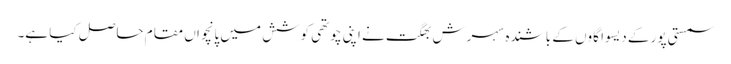
سمستی پور کے دیسوا گاوں کے باشندہ سہرش بھگت نے اپنی چوتھی کوشش میں پانچواں مقام حاصل کیا ہے۔